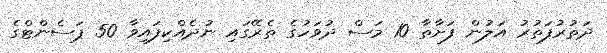
ދަތުރުފަތުރު އަލުން ފަށާތާ 10 މަސް ދުވަހުގެ ތެރޭގައި ނުދެއްކިފައިވާ 50 ޕަސެންޓްގެ